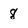
Character: 8